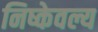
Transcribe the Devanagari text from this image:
निष्केवल्य